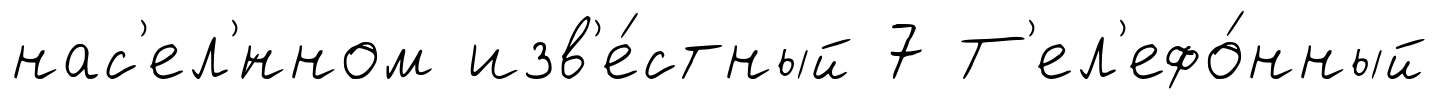
нас'ел'́нном изв'е́стный 7 Т'ел'ефо́нный